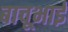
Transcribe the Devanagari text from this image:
बाचूभाई